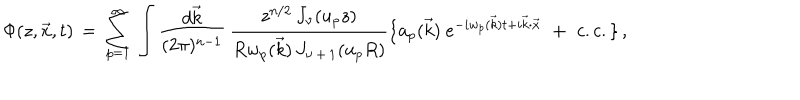
LaTeX: \Phi ( z , \vec { x } , t ) \, = \, \sum _ { p = 1 } ^ { \infty } \, \int { \frac { d \vec { k } } { ( 2 \pi ) ^ { n - 1 } } } \, { \frac { z ^ { n / 2 } \, J _ { \nu } ( u _ { p } z ) } { R w _ { p } ( \vec { k } ) \, J _ { \nu \, + \, 1 } ( u _ { p } R ) } } \lbrace { { \bf a } _ { p } ( \vec { k } ) \ } e ^ { - i w _ { p } ( \vec { k } ) t + i \vec { k } \cdot \vec { x } } \, \, + \, \, c . c . \rbrace \, ,